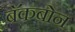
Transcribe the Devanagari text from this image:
बॅकबोन